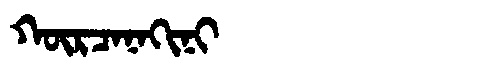
Manchu: ᡴᡡᡵᠴᠠᠨᠠᡴᡳᠨᡳ
Romanization: KŪRCANAKINI